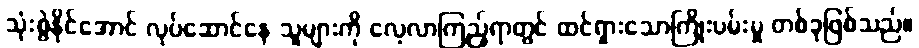
သုံးစွဲနိုင်အောင် လုပ်ဆောင်နေ သူများကို လေ့လာကြည့်ရာတွင် ထင်ရှားသောကြိုးပမ်းမှု တစ်ခုဖြစ်သည်။